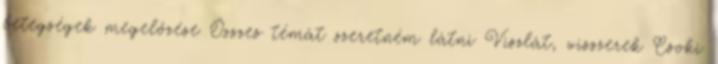
betegségek megelőzése Összes témát szeretném látni Viszlát, visszerek Csoki